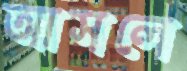
আসলে